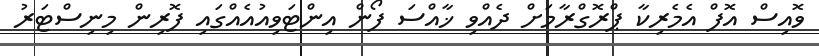
ވޮއިސް އޮފް އެމެރިކާ ޕްރޮގްރާމަށް ދެއްވި ޚާއްސަ ފޯން އިންޓަވިއުއެއްގައި ފޮރިން މިނިސްޓަރު